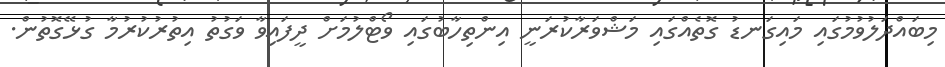
މިބައްދަލުވުމުގައި މައިގަނޑު ގޮތެއްގައި މަޝްވަރާކުރަނީ އިންތިހާބުގައި ވޯޓްލުމަށް ދީފައިވާ ވަގުތު އިތުރުކުރުމާ ގުޅޭގޮތުން.